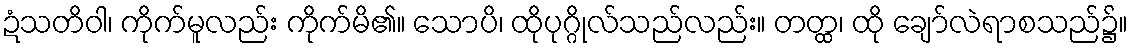
ဍံသတိဝါ၊ ကိုက်မူလည်း ကိုက်မိ၏။ သောပိ၊ ထိုပုဂ္ဂိုလ်သည်လည်း။ တတ္ထ၊ ထို ချော်လဲရာစသည်၌။